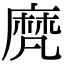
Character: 𪎒